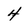
Character: 4